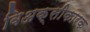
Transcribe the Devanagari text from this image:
विअक्सीकारक